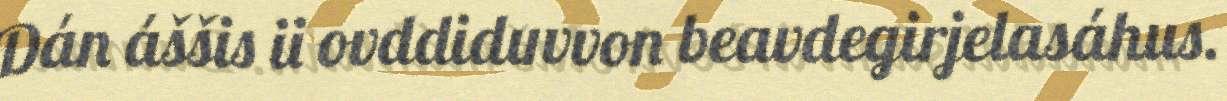
Dán áššis ii ovddiduvvon beavdegirjelasáhus.